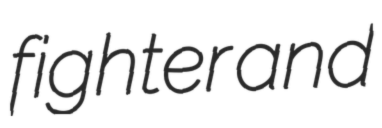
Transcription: fighter and